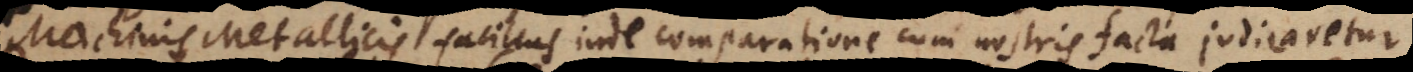
Machinis Metallicis, facilius inde comparatione cum nostris facta judicaretur.